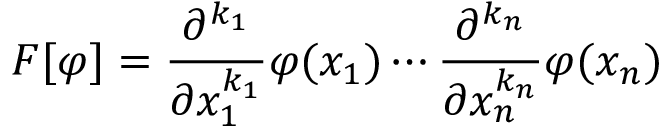
F [ \varphi ] = { \frac { \partial ^ { k _ { 1 } } } { \partial x _ { 1 } ^ { k _ { 1 } } } } \varphi ( x _ { 1 } ) \cdots { \frac { \partial ^ { k _ { n } } } { \partial x _ { n } ^ { k _ { n } } } } \varphi ( x _ { n } )